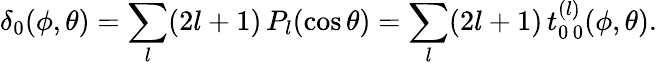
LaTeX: \delta_{0}(\phi,\theta)=\sum_{l}(2l+1)\, P_{l}(\cos\theta)=\sum_{l}(2l+1)\, t_{0\, 0}^{(l)}(\phi,\theta).